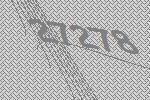
27278